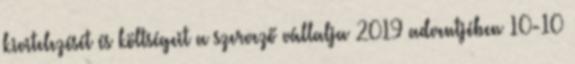
kivitelezését és költségeit a szervező vállalja 2019 adventjében 10-10